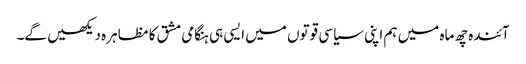
آئندہ چھ ماہ میں ہم اپنی سیاسی قوتوں میں ایسی ہی ہنگامی مشق کا مظاہرہ دیکھیں گے۔